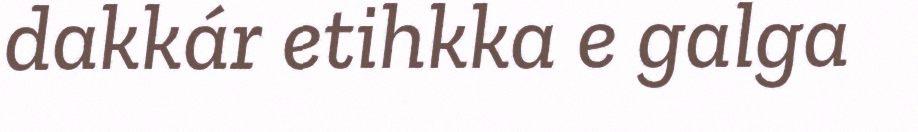
dakkár etihkka e galga